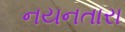
નયનતારા